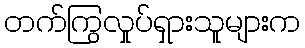
တက်ကြွလှုပ်ရှားသူများက